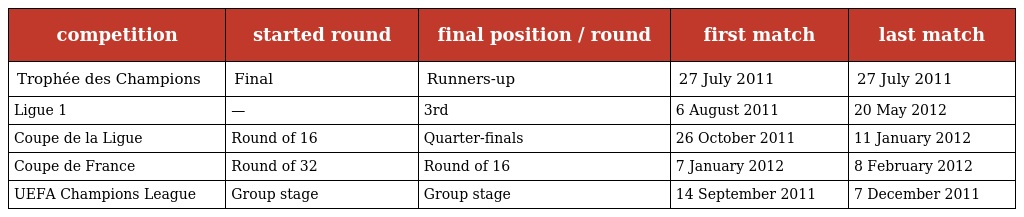
| competition | started round | final position / round | first match | last match |
 | --- | --- | --- | --- | --- |
 | Trophée des Champions | Final | Runners-up | 27 July 2011 | 27 July 2011 |
 | Ligue 1 | — | 3rd | 6 August 2011 | 20 May 2012 |
 | Coupe de la Ligue | Round of 16 | Quarter-finals | 26 October 2011 | 11 January 2012 |
 | Coupe de France | Round of 32 | Round of 16 | 7 January 2012 | 8 February 2012 |
 | UEFA Champions League | Group stage | Group stage | 14 September 2011 | 7 December 2011 |